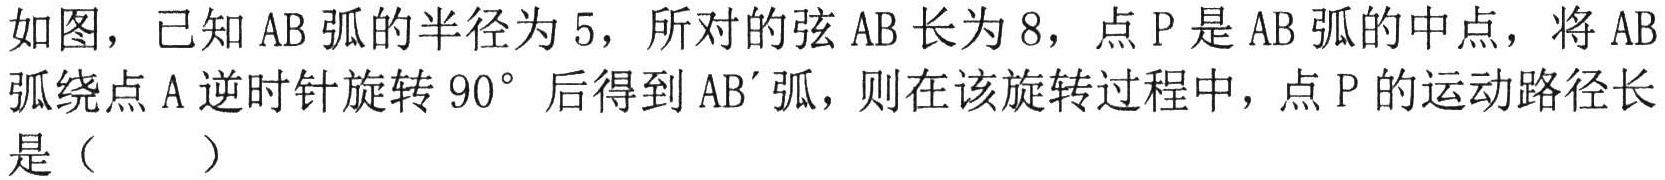
如图，已知\(AB\)弧的半径为\(5\)，所对的弦\(AB\)长为\(8\)，点\(P\)是\(AB\)弧的中点，将\(AB\)弧绕点\(A\)逆时针旋转\(90^{\circ}\)后得到\(AB'\)弧，则在该旋转过程中，点\(P\)的运动路径长是（  ）